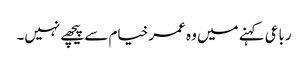
رباعی کہنے میں وہ عمر خیام سے پیچھے نہیں۔